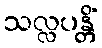
သလ္လပန္တိံ